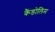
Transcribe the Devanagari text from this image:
कैंडोलिम